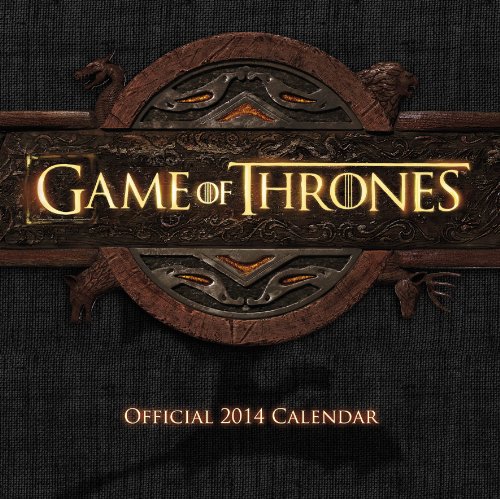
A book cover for Official Game of Thrones 2014 Calendar; Calendars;